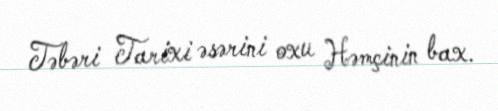
Təbəri Tarixi əsərini oxu Həmçinin bax.